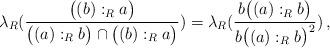
LaTeX: \begin{align*}\lambda_R(\frac{\big((b):_Ra\big)}{\big((a):_Rb\big)\cap\big((b):_Ra\big)})=\lambda_R(\frac{b\big((a):_Rb\big)}{b\big((a):_Rb\big)^2})\,,\end{align*}